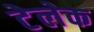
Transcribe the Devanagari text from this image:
टेलेक